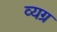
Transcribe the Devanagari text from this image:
व्‍यग्र